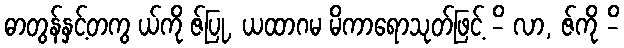
ဓာတွန်နှင့်တကွ ယ်ကို ဇ်ပြု, ယထာဂမ မိကာရောသုတ်ဖြင့် -ိ လာ, ဇ်ကို -ိ